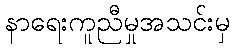
နာရေးကူညီမှုအသင်းမှ